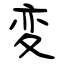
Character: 変